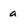
Character: a